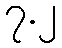
၇.၂